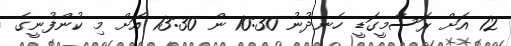
12 އަށް ރަސްމީގަޑީ ހެނދުނު 10:30 ން 13:30 އަށް މި ކުންފުނީގެ